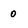
Character: 0